Report of the King Institute of Preventive Medicine, Guindy
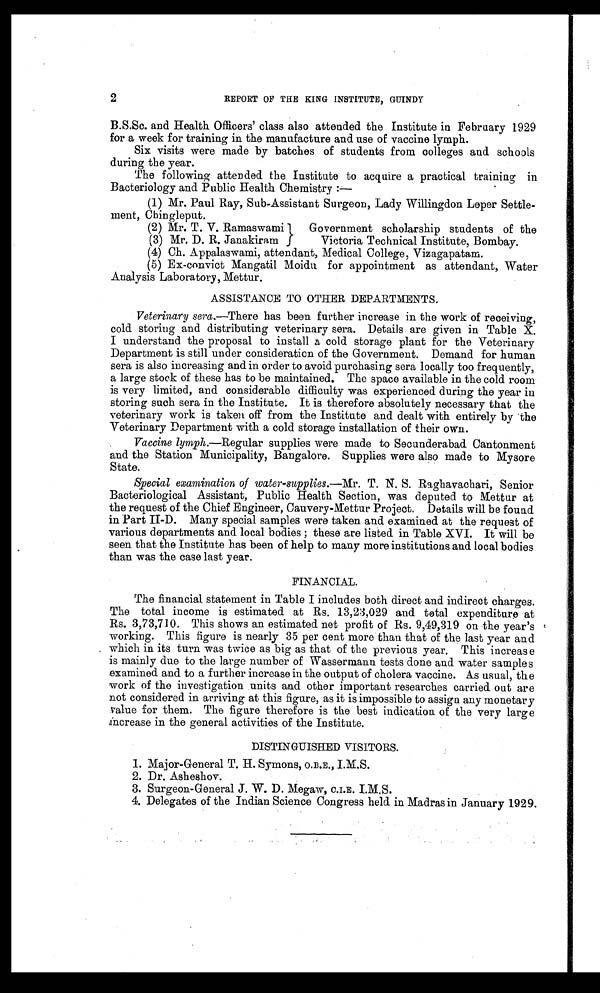
2
REPORT OF THE KING INSTITUTE, GUINDY
B.S.Sc. and Health Officers' class also attended the Institute in February 1929
for a week for training in the manufacture and use of vaccine lymph.
Six visits were made by batches of students from colleges and schools
during the year.
The following attended the Institute to acquire a practical training in
Bacteriology and Public Health Chemistry :—
(1) Mr. Paul Ray, Sub-Assistant Surgeon, Lady Willingdon Leper Settle
-ment, Chingleput.
(2) Mr. T. V. Ramaswami Government scholarship students of the
(3) Mr. D. R. Janakiram Victoria Technical Institute, Bombay.
(4) Ch. Appalaswami, attendant, Medical College, Vizagapatam.
(5) Ex-convict Mangatil Moidu for appointment as attendant, Water
Analysis Laboratory, Mettur.
ASSISTANCE TO OTHER DEPARTMENTS.
Veterinary sera.—There has been further increase in the work of receiving,
cold storing and distributing veterinary sera. Details are given in Table X.
I understand the proposal to install a cold storage plant for the Veterinary
Department is still under consideration of the Government. Demand for human
sera is also increasing and in order to avoid purchasing sera locally too frequently,
a large stock of these has to be maintained. The space available in the cold room
is very limited, and considerable difficulty was experienced during the year in
storing such sera in the Institute. It is therefore absolutely necessary that the
veterinary work is taken off from the Institute and dealt with entirely by the
Veterinary Department with a cold storage installation of their own.
Vaccine lymph .—Regular supplies were made to Secunderabad Cantonment
and the Station Municipality, Bangalore. Supplies were also made to Mysore
State.
Special examination of water-supplies.—Mr. T. N. S. Raghavachari, Senior
Bacteriological Assistant, Public Health Section, was deputed to Mettur at
the request of the Chief Engineer, Cauvery-Mettur Project. Details will be found
in Part II-D. Many special samples were taken and examined at the request of
various departments and local bodies ; these are listed in Table XVI. It will be
seen that the Institute has been of help to many more institutions and local bodies
than was the case last year.
FINANCIAL.
The financial statement in Table I includes both direct and indirect charges.
The total income is estimated at Rs. 13,23,029 and total expenditure at
Rs. 3,73,710. This shows an estimated net profit of Rs. 9,49,319 on the year's
working. This figure is nearly 35 per cent more than that of the last year and
which in its turn was twice as big as that of the previous year. This increase
is mainly due to the large number of Wassermann tests done and water samples
examined and to a further increase in the output of cholera vaccine. As usual, the
work of the investigation units and other important researches carried out are
not considered in arriving at this figure, as it is impossible to assign any monetary
value for them. The figure therefore is the best indication of the very large
increase in the general activities of the Institute.
DISTINGUISHED VISITORS.
1. Major-General T. H. Symons, O.B.E., I.M.S.
2. Dr. Asheshov.
3. Surgeon-General J. W. D. Megaw, C.I.E. I.M.S.
4. Delegates of the Indian Science Congress held in Madras in January 1929.